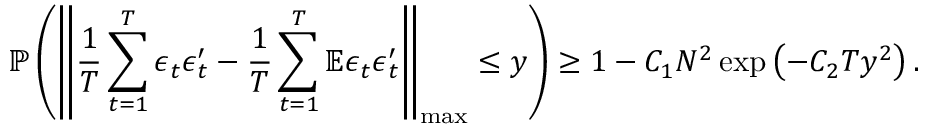
\mathbb { P } \left( \left\lVert \frac { 1 } { T } \sum _ { t = 1 } ^ { T } \boldsymbol { \epsilon } _ { t } \boldsymbol { \epsilon } _ { t } ^ { \prime } - \frac { 1 } { T } \sum _ { t = 1 } ^ { T } \mathbb { E } \boldsymbol { \epsilon } _ { t } \boldsymbol { \epsilon } _ { t } ^ { \prime } \right\rVert _ { \operatorname* { m a x } } \leq y \right) \geq 1 - C _ { 1 } N ^ { 2 } \exp \left( - C _ { 2 } T y ^ { 2 } \right) .